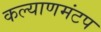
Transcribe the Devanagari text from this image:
कल्याणमंटप